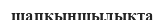
шапқыншылықта